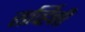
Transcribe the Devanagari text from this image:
सर्व्हिनी